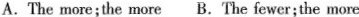
A.The more;the moreB.The fewer;the more